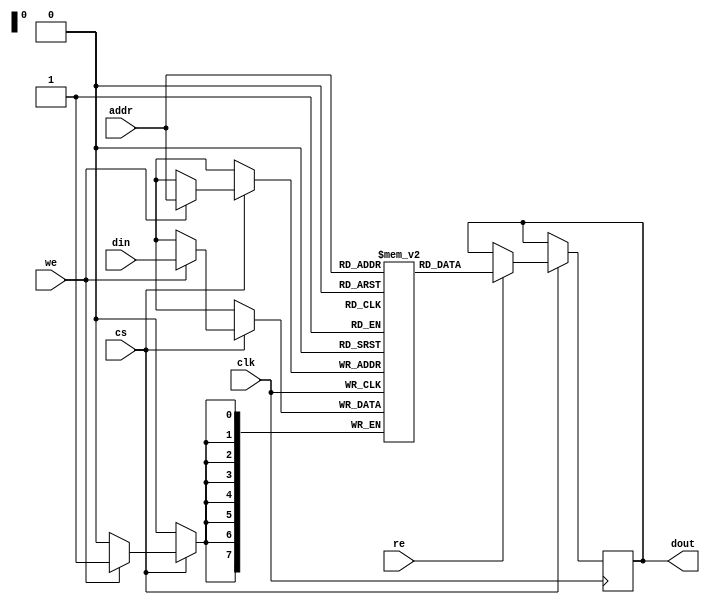
module SRAM #(
    parameter ADDR_WIDTH = 8, // Address width
    parameter DATA_WIDTH = 8   // Word size (8-bit, 16-bit, etc.)
)(
    input wire clk,            // Clock signal
    input wire cs,             // Chip Select
    input wire we,             // Write Enable
    input wire re,             // Read Enable
    input wire [ADDR_WIDTH-1:0] addr, // Address input
    input wire [DATA_WIDTH-1:0] din,   // Data input
    output reg [DATA_WIDTH-1:0] dout    // Data output
);

    // Memory array
    reg [DATA_WIDTH-1:0] memory [(2**ADDR_WIDTH)-1:0];

    // Read/Write operations
    always @(posedge clk) begin
        if (cs) begin
            if (we) begin
                // Write operation
                memory[addr] <= din;
            end
            if (re) begin
                // Read operation
                dout <= memory[addr];
            end
        end
    end

endmodule